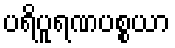
ပရိပူရဏပစ္စယာ